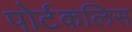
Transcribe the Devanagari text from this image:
पोर्टकलिस